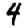
Digit: 4